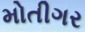
મોતીગર